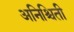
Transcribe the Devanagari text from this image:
अनिश्चिती